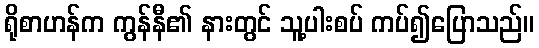
ရိုစာဟန်က ကွန်နီ၏ နားတွင် သူ့ပါးစပ် ကပ်၍ပြောသည်။